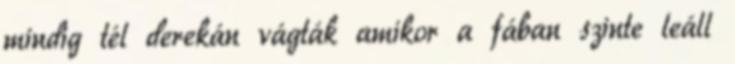
mindig tél derekán vágták amikor a fában szinte leáll